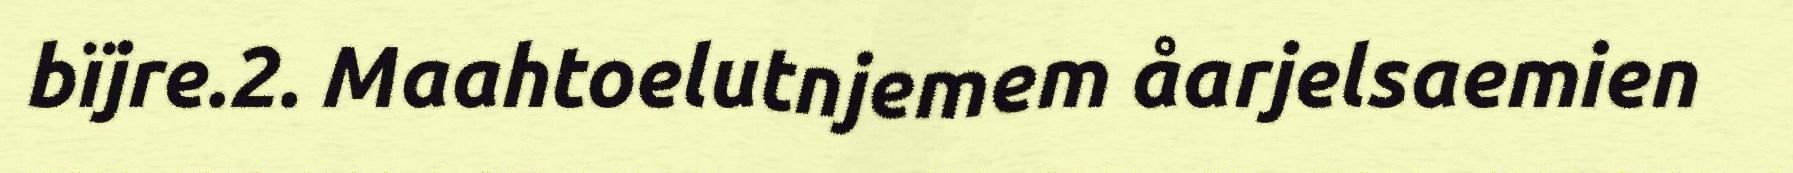
bïjre.2. Maahtoelutnjemem åarjelsaemien